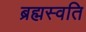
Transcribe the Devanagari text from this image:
ब्रह्मस्वति